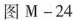
图M-24